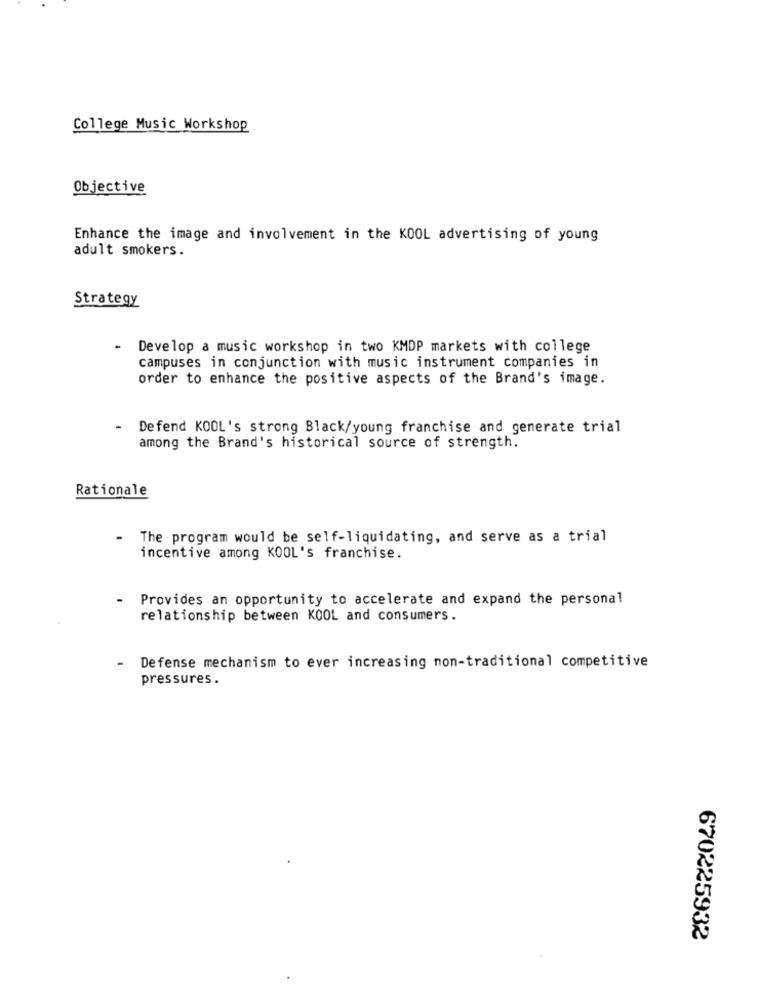
College Music Workshop
Objective
Enhance the image and involvement in the KOOL advertising of young
adult smokers.
Strategy
-
Develop a music workshop in two KMDP markets with college
campuses in conjunction with music instrument companies in
order to enhance the positive aspects of the Brand's image.
Defend KOOL's strong Black/young franchise and generate trial
among the Brand's historical source of strength.
Rationale
- The program would be self-liquidating, and serve as a trial
incentive among KOOL's franchise.
- Provides an opportunity to accelerate and expand the personal
relationship between KOOL and consumers.
- Defense mechanism to ever increasing non-traditional competitive
pressures.
670225932